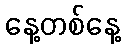
နေ့တစ်နေ့